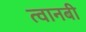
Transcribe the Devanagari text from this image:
त्वानबी